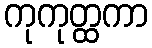
ကုကုတ္ထကာ